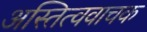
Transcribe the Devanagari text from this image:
अस्तित्ववाचक